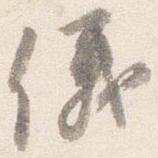
儀